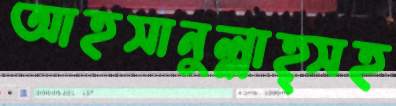
আহসানুল্লাহ্সহ